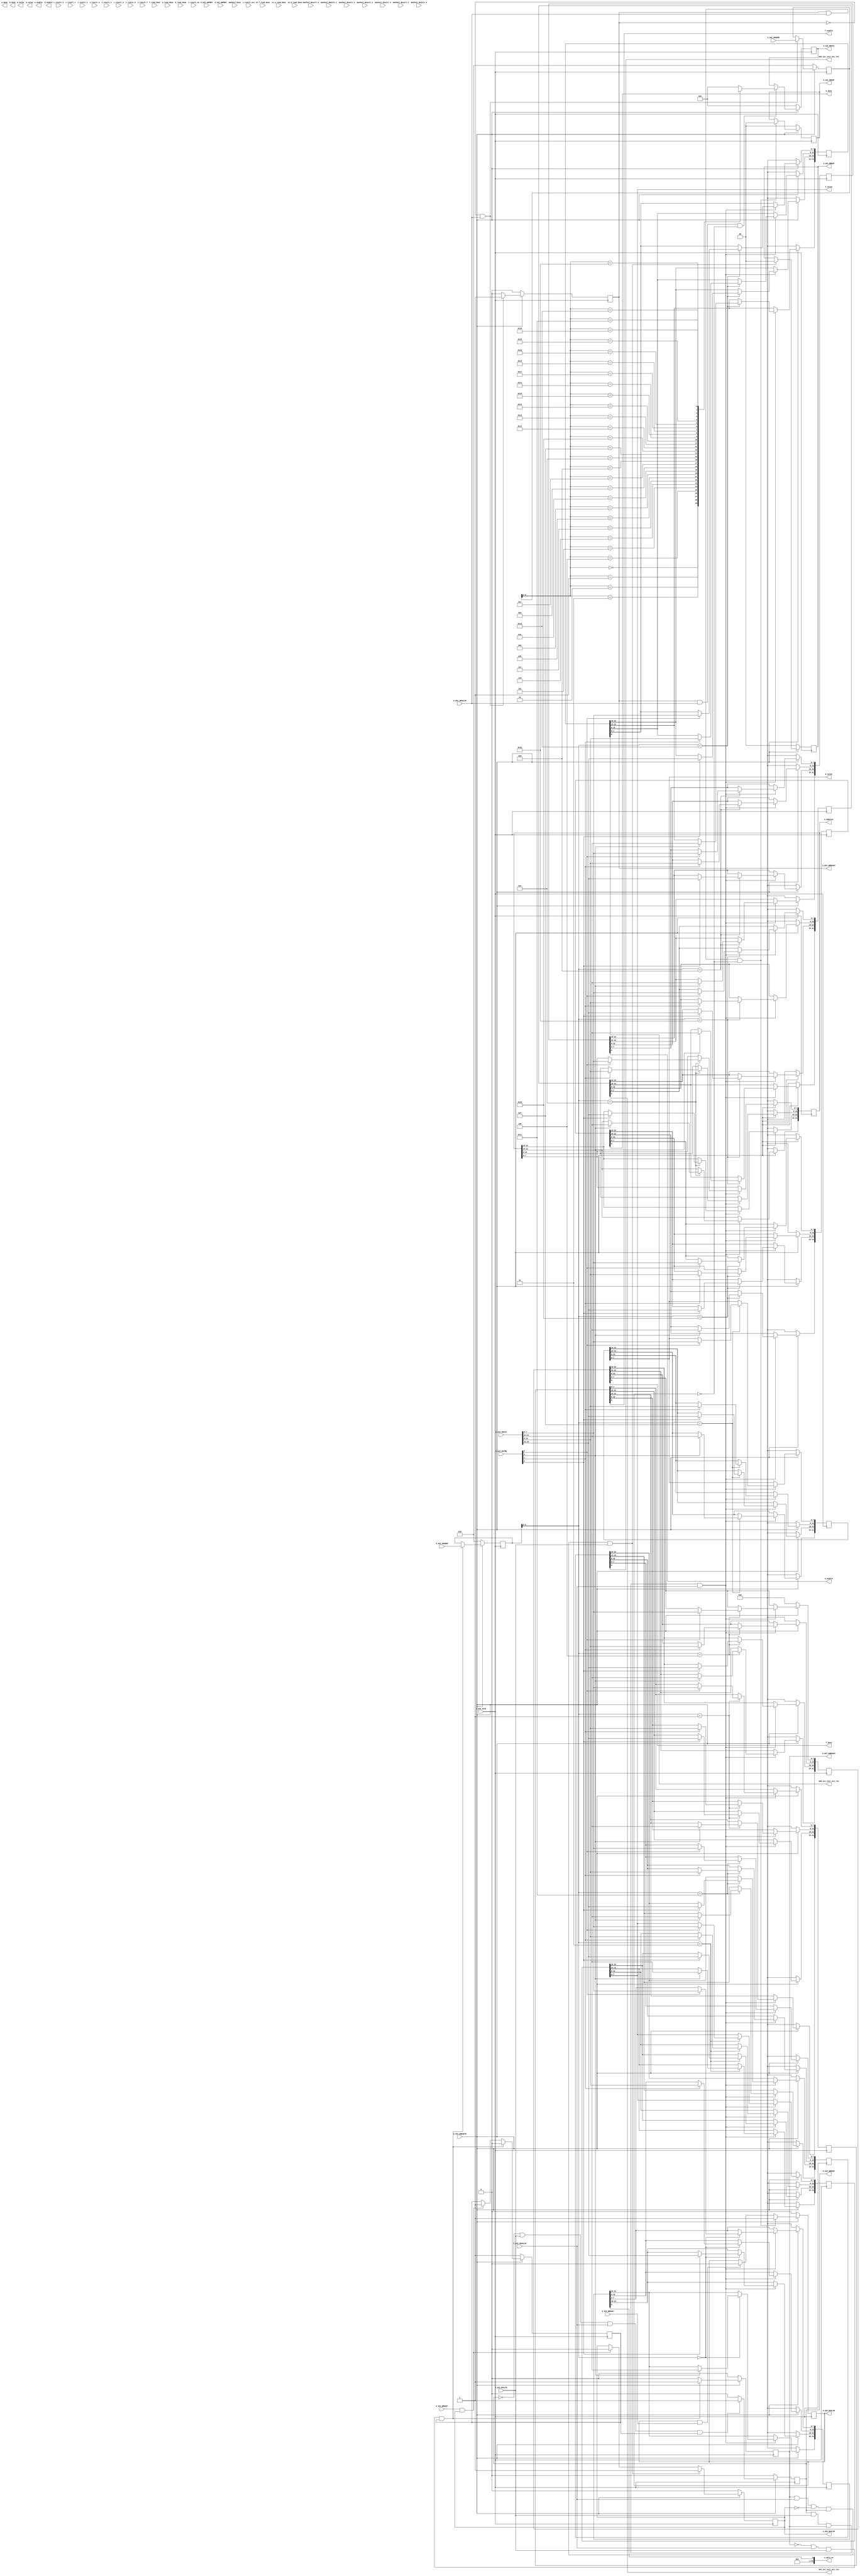

`timescale 1 ns / 1 ps

	module axi4_lite_test #
	(
		// Users to add parameters here

parameter   CNN_PIPE    = 5,
parameter   CI          = 4,
parameter   CO          = 8,
parameter   M_CI        = 4,
parameter   M_CO        = 7,

parameter	KX			= 3,
parameter	KY			= 3,

parameter   I_F_BW      = 8,
parameter   W_BW        = 8, // Weight BW
parameter   B_BW        = 8, // Bias BW
parameter   MAX_BW      = 8,

parameter   M_BW        = 20, //8*9 17b
parameter   AK_BW       = 24, // M_BW + log(KY*KX) accum kernel +4 = 21b
parameter   ACI_BW		= 24,//22; // AK_BW + log (CI) ,23b
parameter   AB_BW       = 24,
parameter   O_F_BW      = 24,// No Activation, So O_F_BW == AB_BW

parameter   O_F_ACC_BW  = 27, // for demo
		// User parameters ends
		// Do not modify the parameters beyond this line

		// Width of S_AXI data bus
		parameter integer C_S_AXI_DATA_WIDTH	= 32,
		// Width of S_AXI address bus
		parameter integer C_S_AXI_ADDR_WIDTH	= 7
	)
	(
		// Users to add ports here

		// User ports ends
		// Do not modify the ports beyond this line

		// Global Clock Signal
		input wire  S_AXI_ACLK,
		// Global Reset Signal. This Signal is Active LOW
		input wire  S_AXI_ARESETN,
		// Write address (issued by master, acceped by Slave)
		input wire [C_S_AXI_ADDR_WIDTH-1 : 0] S_AXI_AWADDR,
		// Write channel Protection type. This signal indicates the
    		// privilege and security level of the transaction, and whether
    		// the transaction is a data access or an instruction access.
		input wire [2 : 0] S_AXI_AWPROT,
		// Write address valid. This signal indicates that the master signaling
    		// valid write address and control information.
		input wire  S_AXI_AWVALID,
		// Write address ready. This signal indicates that the slave is ready
    		// to accept an address and associated control signals.
		output wire  S_AXI_AWREADY,
		// Write data (issued by master, acceped by Slave) 
		input wire [C_S_AXI_DATA_WIDTH-1 : 0] S_AXI_WDATA,
		// Write strobes. This signal indicates which byte lanes hold
    		// valid data. There is one write strobe bit for each eight
    		// bits of the write data bus.    
		input wire [(C_S_AXI_DATA_WIDTH/8)-1 : 0] S_AXI_WSTRB,
		// Write valid. This signal indicates that valid write
    		// data and strobes are available.
		input wire  S_AXI_WVALID,
		// Write ready. This signal indicates that the slave
    		// can accept the write data.
		output wire  S_AXI_WREADY,
		// Write response. This signal indicates the status
    		// of the write transaction.
		output wire [1 : 0] S_AXI_BRESP,
		// Write response valid. This signal indicates that the channel
    		// is signaling a valid write response.
		output wire  S_AXI_BVALID,
		// Response ready. This signal indicates that the master
    		// can accept a write response.
		input wire  S_AXI_BREADY,
		// Read address (issued by master, acceped by Slave)
		input wire [C_S_AXI_ADDR_WIDTH-1 : 0] S_AXI_ARADDR,
		// Protection type. This signal indicates the privilege
    		// and security level of the transaction, and whether the
    		// transaction is a data access or an instruction access.
		input wire [2 : 0] S_AXI_ARPROT,
		// Read address valid. This signal indicates that the channel
    		// is signaling valid read address and control information.
		input wire  S_AXI_ARVALID,
		// Read address ready. This signal indicates that the slave is
    		// ready to accept an address and associated control signals.
		output wire  S_AXI_ARREADY,
		// Read data (issued by slave)
		output wire [C_S_AXI_DATA_WIDTH-1 : 0] S_AXI_RDATA,
		// Read response. This signal indicates the status of the
    		// read transfer.
		output wire [1 : 0] S_AXI_RRESP,
		// Read valid. This signal indicates that the channel is
    		// signaling the required read data.
		output wire  S_AXI_RVALID,
		// Read ready. This signal indicates that the master can
    		// accept the read data and response information.
		input wire  S_AXI_RREADY,
		
		// User ports
	output 	[31:0]					o_data_en,
	
	output 							f_enable,
	input							f_read_done,
	output [I_F_BW-1 :0]			f_value,
	output 							f_done,
	
	output 							w_enable,
	input							w_read_done,
	output signed [W_BW-1 :0]		w_value,
	output 							w_done,

	output 							b_enable,
	input							b_read_done,
	output signed [B_BW-1 :0]		b_value,
	output 							b_done,

	output 							m_enable,
	output	[31:0]					m_address,
	output  [MAX_BW-1 :0]			m_value,
	output 							m_done,

	input  						i_result_en,
    input  [32-1:0] 		i_result_0,
	input  [32-1:0] 		i_result_1,
	input  [32-1:0] 		i_result_2,
	input  [32-1:0] 		i_result_3,
	input  [32-1:0] 		i_result_4,
	input  [32-1:0] 		i_result_5,
	input  [32-1:0] 		i_result_6,
	input  [32-1:0] 		i_result_7,

    input  [32-1:0]         maxPool_Result_0,
    input  [32-1:0]         maxPool_Result_1,
    input  [32-1:0]         maxPool_Result_2,
    input  [32-1:0]         maxPool_Result_3,
    input  [32-1:0]         maxPool_Result_4,
    input  [32-1:0]         maxPool_Result_5,
    input  [32-1:0]         maxPool_Result_6,
    
    input maxPool_Done,

    input  [O_F_ACC_BW-1:0] 	i_result_acc,

	input in_f_read_done,
	input in_w_read_done,
	input in_b_read_done,

	output wire m00_axi_init_axi_txn,
	output wire m01_axi_init_axi_txn,
	output wire m02_axi_init_axi_txn
 
 
	);

	// AXI4LITE signals
	reg [C_S_AXI_ADDR_WIDTH-1 : 0] 	axi_awaddr;
	reg  	axi_awready;
	reg  	axi_wready;
	reg [1 : 0] 	axi_bresp;
	reg  	axi_bvalid;
	reg [C_S_AXI_ADDR_WIDTH-1 : 0] 	axi_araddr;
	reg  	axi_arready;
	reg [C_S_AXI_DATA_WIDTH-1 : 0] 	axi_rdata;
	reg [1 : 0] 	axi_rresp;
	reg  	axi_rvalid;

	// Example-specific design signals
	// local parameter for addressing 32 bit / 64 bit C_S_AXI_DATA_WIDTH
	// ADDR_LSB is used for addressing 32/64 bit registers/memories
	// ADDR_LSB = 2 for 32 bits (n downto 2)
	// ADDR_LSB = 3 for 64 bits (n downto 3)
	localparam integer ADDR_LSB = (C_S_AXI_DATA_WIDTH/32) + 1;
	localparam integer OPT_MEM_ADDR_BITS = 4;
	//----------------------------------------------
	//-- Signals for user logic register space example
	//------------------------------------------------
	//-- Number of Slave Registers 30
	reg [C_S_AXI_DATA_WIDTH-1:0]	slv_reg0; // RW : [0]    data_en

	reg [C_S_AXI_DATA_WIDTH-1:0]	slv_reg1; // RW : [0] 	 f_enable
	reg [C_S_AXI_DATA_WIDTH-1:0]	slv_reg2; // RO : [0] f_read_done 
	reg [C_S_AXI_DATA_WIDTH-1:0]	slv_reg3; // RW : [31:0] f_value
	reg [C_S_AXI_DATA_WIDTH-1:0]	slv_reg4; // RW : [0] 	 f_done
	
	reg [C_S_AXI_DATA_WIDTH-1:0]	slv_reg5; // RO : [31:0] maxPool_result_0
	reg [C_S_AXI_DATA_WIDTH-1:0]	slv_reg6; // RO : [31:0] maxPool_result_1
	reg [C_S_AXI_DATA_WIDTH-1:0]	slv_reg7; // RO : [31:0] maxPool_result_2
	reg [C_S_AXI_DATA_WIDTH-1:0]	slv_reg8; // RO : [31:0] maxPool_result_3
	reg [C_S_AXI_DATA_WIDTH-1:0]	slv_reg9; // RO : [31:0] maxPool_result_4
	reg [C_S_AXI_DATA_WIDTH-1:0]	slv_reg10;// RO : [31:0] maxPool_result_5
	reg [C_S_AXI_DATA_WIDTH-1:0]	slv_reg11; // RO : [31:0] maxPool_result_6
	reg [C_S_AXI_DATA_WIDTH-1:0]	slv_reg12; // RO : [0] 	  maxPool_done
	
	reg [C_S_AXI_DATA_WIDTH-1:0]	slv_reg13; // RW : [0]	  m_enable
	reg [C_S_AXI_DATA_WIDTH-1:0]	slv_reg14; // RW : [31:0] m_address 
	reg [C_S_AXI_DATA_WIDTH-1:0]	slv_reg15; // RW : [31:0] m_value
	reg [C_S_AXI_DATA_WIDTH-1:0]	slv_reg16; // RW : [0]	  m_done
	reg [C_S_AXI_DATA_WIDTH-1:0]	slv_reg17; // RO : [31:0] cnn_result_0
	reg [C_S_AXI_DATA_WIDTH-1:0]	slv_reg18; // RO : [31:0] cnn_result_1
	reg [C_S_AXI_DATA_WIDTH-1:0]	slv_reg19; // RO : [0]    cnn_done
	reg [C_S_AXI_DATA_WIDTH-1:0]	slv_reg20; // RO : [31:0] cnn_result_2
	reg [C_S_AXI_DATA_WIDTH-1:0]	slv_reg21; // RO : [31:0] cnn_result_3
	reg [C_S_AXI_DATA_WIDTH-1:0]	slv_reg22; // RO : [31:0] cnn_result_4
	reg [C_S_AXI_DATA_WIDTH-1:0]	slv_reg23; // RO : [31:0] cnn_result_5
	reg [C_S_AXI_DATA_WIDTH-1:0]	slv_reg24; // RO : [31:0] cnn_result_6
	reg [C_S_AXI_DATA_WIDTH-1:0]	slv_reg25; // RO : [31:0] cnn_result_7
	reg [C_S_AXI_DATA_WIDTH-1:0]	slv_reg26; // RW : [0] M0_INIT
	reg [C_S_AXI_DATA_WIDTH-1:0]	slv_reg27; // RW : [0] M1_INIT
	reg [C_S_AXI_DATA_WIDTH-1:0]	slv_reg28; 
	reg [C_S_AXI_DATA_WIDTH-1:0]	slv_reg29; 
	wire	 slv_reg_rden;
	wire	 slv_reg_wren;
	reg [C_S_AXI_DATA_WIDTH-1:0]	 reg_data_out;
	integer	 byte_index;
	reg	 aw_en;

	// I/O Connections assignments

	assign S_AXI_AWREADY	= axi_awready;
	assign S_AXI_WREADY	= axi_wready;
	assign S_AXI_BRESP	= axi_bresp;
	assign S_AXI_BVALID	= axi_bvalid;
	assign S_AXI_ARREADY	= axi_arready;
	assign S_AXI_RDATA	= axi_rdata;
	assign S_AXI_RRESP	= axi_rresp;
	assign S_AXI_RVALID	= axi_rvalid;
	// Implement axi_awready generation
	// axi_awready is asserted for one S_AXI_ACLK clock cycle when both
	// S_AXI_AWVALID and S_AXI_WVALID are asserted. axi_awready is
	// de-asserted when reset is low.

	always @( posedge S_AXI_ACLK )
	begin
	  if ( S_AXI_ARESETN == 1'b0 )
	    begin
	      axi_awready <= 1'b0;
	      aw_en <= 1'b1;
	    end 
	  else
	    begin    
	      if (~axi_awready && S_AXI_AWVALID && S_AXI_WVALID && aw_en)
	        begin
	          // slave is ready to accept write address when 
	          // there is a valid write address and write data
	          // on the write address and data bus. This design 
	          // expects no outstanding transactions. 
	          axi_awready <= 1'b1;
	          aw_en <= 1'b0;
	        end
	        else if (S_AXI_BREADY && axi_bvalid)
	            begin
	              aw_en <= 1'b1;
	              axi_awready <= 1'b0;
	            end
	      else           
	        begin
	          axi_awready <= 1'b0;
	        end
	    end 
	end       

	// Implement axi_awaddr latching
	// This process is used to latch the address when both 
	// S_AXI_AWVALID and S_AXI_WVALID are valid. 

	always @( posedge S_AXI_ACLK )
	begin
	  if ( S_AXI_ARESETN == 1'b0 )
	    begin
	      axi_awaddr <= 0;
	    end 
	  else
	    begin    
	      if (~axi_awready && S_AXI_AWVALID && S_AXI_WVALID && aw_en)
	        begin
	          // Write Address latching 
	          axi_awaddr <= S_AXI_AWADDR;
	        end
	    end 
	end       

	// Implement axi_wready generation
	// axi_wready is asserted for one S_AXI_ACLK clock cycle when both
	// S_AXI_AWVALID and S_AXI_WVALID are asserted. axi_wready is 
	// de-asserted when reset is low. 

	always @( posedge S_AXI_ACLK )
	begin
	  if ( S_AXI_ARESETN == 1'b0 )
	    begin
	      axi_wready <= 1'b0;
	    end 
	  else
	    begin    
	      if (~axi_wready && S_AXI_WVALID && S_AXI_AWVALID && aw_en )
	        begin
	          // slave is ready to accept write data when 
	          // there is a valid write address and write data
	          // on the write address and data bus. This design 
	          // expects no outstanding transactions. 
	          axi_wready <= 1'b1;
	        end
	      else
	        begin
	          axi_wready <= 1'b0;
	        end
	    end 
	end       

	// Implement memory mapped register select and write logic generation
	// The write data is accepted and written to memory mapped registers when
	// axi_awready, S_AXI_WVALID, axi_wready and S_AXI_WVALID are asserted. Write strobes are used to
	// select byte enables of slave registers while writing.
	// These registers are cleared when reset (active low) is applied.
	// Slave register write enable is asserted when valid address and data are available
	// and the slave is ready to accept the write address and write data.
	assign slv_reg_wren = axi_wready && S_AXI_WVALID && axi_awready && S_AXI_AWVALID;

	always @( posedge S_AXI_ACLK )
	begin
	  if ( S_AXI_ARESETN == 1'b0 )
	    begin
	      slv_reg0 <= 0;
	      slv_reg1 <= 0;
	      //slv_reg2 <= 0;
	      slv_reg3 <= 0;
	      slv_reg4 <= 0;
		  //slv_reg5 <= 0;
	      //slv_reg6 <= 0;
	      //slv_reg7 <= 0;
	      //slv_reg8 <= 0;
	      //slv_reg9 <= 0;
	      //slv_reg10 <= 0;
	      //slv_reg11 <= 0;
	      //slv_reg12 <= 0;
	      slv_reg13 <= 0;
	      slv_reg14 <= 0;
	      slv_reg15 <= 0;
	      slv_reg16 <= 0;
	     // slv_reg17 <= 0;
	     // slv_reg18 <= 0;
	     // slv_reg19 <= 0;
	     // slv_reg20 <= 0;
	     // slv_reg21 <= 0;
	     // slv_reg22 <= 0;
	     // slv_reg23 <= 0;
	     // slv_reg24 <= 0;
	     // slv_reg25 <= 0;
	      slv_reg26 <= 0;
	      slv_reg27 <= 0;
	      slv_reg28 <= 0;
	      //slv_reg29 <= 0;
	    end 
	  else begin
	    if (slv_reg_wren)
	      begin
	        case ( axi_awaddr[ADDR_LSB+OPT_MEM_ADDR_BITS:ADDR_LSB] )
	          5'h00:
	            for ( byte_index = 0; byte_index <= (C_S_AXI_DATA_WIDTH/8)-1; byte_index = byte_index+1 )
	              if ( S_AXI_WSTRB[byte_index] == 1 ) begin
	                // Respective byte enables are asserted as per write strobes 
	                // Slave register 0
	                slv_reg0[(byte_index*8) +: 8] <= S_AXI_WDATA[(byte_index*8) +: 8];
	              end  
	          5'h01:
	            for ( byte_index = 0; byte_index <= (C_S_AXI_DATA_WIDTH/8)-1; byte_index = byte_index+1 )
	              if ( S_AXI_WSTRB[byte_index] == 1 ) begin
	                // Respective byte enables are asserted as per write strobes 
	                // Slave register 1
	                slv_reg1[(byte_index*8) +: 8] <= S_AXI_WDATA[(byte_index*8) +: 8];
	              end  
	          5'h02:
	            for ( byte_index = 0; byte_index <= (C_S_AXI_DATA_WIDTH/8)-1; byte_index = byte_index+1 )
	              if ( S_AXI_WSTRB[byte_index] == 1 ) begin
	                // Respective byte enables are asserted as per write strobes 
	                // Slave register 2
	                //slv_reg2[(byte_index*8) +: 8] <= S_AXI_WDATA[(byte_index*8) +: 8];
	              end  
	          5'h03:
	            for ( byte_index = 0; byte_index <= (C_S_AXI_DATA_WIDTH/8)-1; byte_index = byte_index+1 )
	              if ( S_AXI_WSTRB[byte_index] == 1 ) begin
	                // Respective byte enables are asserted as per write strobes 
	                // Slave register 3
	                slv_reg3[(byte_index*8) +: 8] <= S_AXI_WDATA[(byte_index*8) +: 8];
	              end  
	          5'h04:
	            for ( byte_index = 0; byte_index <= (C_S_AXI_DATA_WIDTH/8)-1; byte_index = byte_index+1 )
	              if ( S_AXI_WSTRB[byte_index] == 1 ) begin
	                // Respective byte enables are asserted as per write strobes 
	                // Slave register 4
	                slv_reg4[(byte_index*8) +: 8] <= S_AXI_WDATA[(byte_index*8) +: 8];
	              end  
	          5'h05:
	            for ( byte_index = 0; byte_index <= (C_S_AXI_DATA_WIDTH/8)-1; byte_index = byte_index+1 )
	              if ( S_AXI_WSTRB[byte_index] == 1 ) begin
	                // Respective byte enables are asserted as per write strobes 
	                // Slave register 5
	                //slv_reg5[(byte_index*8) +: 8] <= S_AXI_WDATA[(byte_index*8) +: 8];
	              end  
	          5'h06:
	            for ( byte_index = 0; byte_index <= (C_S_AXI_DATA_WIDTH/8)-1; byte_index = byte_index+1 )
	              if ( S_AXI_WSTRB[byte_index] == 1 ) begin
	                // Respective byte enables are asserted as per write strobes 
	                // Slave register 6
	                //slv_reg6[(byte_index*8) +: 8] <= S_AXI_WDATA[(byte_index*8) +: 8];
	              end  
	          5'h07:
	            for ( byte_index = 0; byte_index <= (C_S_AXI_DATA_WIDTH/8)-1; byte_index = byte_index+1 )
	              if ( S_AXI_WSTRB[byte_index] == 1 ) begin
	                // Respective byte enables are asserted as per write strobes 
	                // Slave register 7
	                //slv_reg7[(byte_index*8) +: 8] <= S_AXI_WDATA[(byte_index*8) +: 8];
	              end  
	          5'h08:
	            for ( byte_index = 0; byte_index <= (C_S_AXI_DATA_WIDTH/8)-1; byte_index = byte_index+1 )
	              if ( S_AXI_WSTRB[byte_index] == 1 ) begin
	                // Respective byte enables are asserted as per write strobes 
	                // Slave register 8
	                //slv_reg8[(byte_index*8) +: 8] <= S_AXI_WDATA[(byte_index*8) +: 8];
	              end  
	          5'h09:
	            for ( byte_index = 0; byte_index <= (C_S_AXI_DATA_WIDTH/8)-1; byte_index = byte_index+1 )
	              if ( S_AXI_WSTRB[byte_index] == 1 ) begin
	                // Respective byte enables are asserted as per write strobes 
	                // Slave register 9
	                //slv_reg9[(byte_index*8) +: 8] <= S_AXI_WDATA[(byte_index*8) +: 8];
	              end  
	          5'h0A:
	            for ( byte_index = 0; byte_index <= (C_S_AXI_DATA_WIDTH/8)-1; byte_index = byte_index+1 )
	              if ( S_AXI_WSTRB[byte_index] == 1 ) begin
	                // Respective byte enables are asserted as per write strobes 
	                // Slave register 10
	                //slv_reg10[(byte_index*8) +: 8] <= S_AXI_WDATA[(byte_index*8) +: 8];
	              end  
	          5'h0B:
	            for ( byte_index = 0; byte_index <= (C_S_AXI_DATA_WIDTH/8)-1; byte_index = byte_index+1 )
	              if ( S_AXI_WSTRB[byte_index] == 1 ) begin
	                // Respective byte enables are asserted as per write strobes 
	                // Slave register 11
	                //slv_reg11[(byte_index*8) +: 8] <= S_AXI_WDATA[(byte_index*8) +: 8];
	              end  
	          5'h0C:
	            for ( byte_index = 0; byte_index <= (C_S_AXI_DATA_WIDTH/8)-1; byte_index = byte_index+1 )
	              if ( S_AXI_WSTRB[byte_index] == 1 ) begin
	                // Respective byte enables are asserted as per write strobes 
	                // Slave register 12
	                //slv_reg12[(byte_index*8) +: 8] <= S_AXI_WDATA[(byte_index*8) +: 8];
	              end  
	          5'h0D:
	            for ( byte_index = 0; byte_index <= (C_S_AXI_DATA_WIDTH/8)-1; byte_index = byte_index+1 )
	              if ( S_AXI_WSTRB[byte_index] == 1 ) begin
	                // Respective byte enables are asserted as per write strobes 
	                // Slave register 13
	                slv_reg13[(byte_index*8) +: 8] <= S_AXI_WDATA[(byte_index*8) +: 8];
	              end  
	          5'h0E:
	            for ( byte_index = 0; byte_index <= (C_S_AXI_DATA_WIDTH/8)-1; byte_index = byte_index+1 )
	              if ( S_AXI_WSTRB[byte_index] == 1 ) begin
	                // Respective byte enables are asserted as per write strobes 
	                // Slave register 14
	                slv_reg14[(byte_index*8) +: 8] <= S_AXI_WDATA[(byte_index*8) +: 8];
	              end  
	          5'h0F:
	            for ( byte_index = 0; byte_index <= (C_S_AXI_DATA_WIDTH/8)-1; byte_index = byte_index+1 )
	              if ( S_AXI_WSTRB[byte_index] == 1 ) begin
	                // Respective byte enables are asserted as per write strobes 
	                // Slave register 15
	                slv_reg15[(byte_index*8) +: 8] <= S_AXI_WDATA[(byte_index*8) +: 8];
	              end  
	          5'h10:
	            for ( byte_index = 0; byte_index <= (C_S_AXI_DATA_WIDTH/8)-1; byte_index = byte_index+1 )
	              if ( S_AXI_WSTRB[byte_index] == 1 ) begin
	                // Respective byte enables are asserted as per write strobes 
	                // Slave register 16
	                slv_reg16[(byte_index*8) +: 8] <= S_AXI_WDATA[(byte_index*8) +: 8];
	              end  
	          5'h11:
	            for ( byte_index = 0; byte_index <= (C_S_AXI_DATA_WIDTH/8)-1; byte_index = byte_index+1 )
	              if ( S_AXI_WSTRB[byte_index] == 1 ) begin
	                // Respective byte enables are asserted as per write strobes 
	                // Slave register 17
	                //slv_reg17[(byte_index*8) +: 8] <= S_AXI_WDATA[(byte_index*8) +: 8];
	              end  
	          5'h12:
	            for ( byte_index = 0; byte_index <= (C_S_AXI_DATA_WIDTH/8)-1; byte_index = byte_index+1 )
	              if ( S_AXI_WSTRB[byte_index] == 1 ) begin
	                // Respective byte enables are asserted as per write strobes 
	                // Slave register 18
	                //slv_reg18[(byte_index*8) +: 8] <= S_AXI_WDATA[(byte_index*8) +: 8];
	              end  
	          5'h13:
	            for ( byte_index = 0; byte_index <= (C_S_AXI_DATA_WIDTH/8)-1; byte_index = byte_index+1 )
	              if ( S_AXI_WSTRB[byte_index] == 1 ) begin
	                // Respective byte enables are asserted as per write strobes 
	                // Slave register 19
	                //slv_reg19[(byte_index*8) +: 8] <= S_AXI_WDATA[(byte_index*8) +: 8];
	              end  
	          5'h14:
	            for ( byte_index = 0; byte_index <= (C_S_AXI_DATA_WIDTH/8)-1; byte_index = byte_index+1 )
	              if ( S_AXI_WSTRB[byte_index] == 1 ) begin
	                // Respective byte enables are asserted as per write strobes 
	                // Slave register 20
	                //slv_reg20[(byte_index*8) +: 8] <= S_AXI_WDATA[(byte_index*8) +: 8];
	              end  
	          5'h15:
	            for ( byte_index = 0; byte_index <= (C_S_AXI_DATA_WIDTH/8)-1; byte_index = byte_index+1 )
	              if ( S_AXI_WSTRB[byte_index] == 1 ) begin
	                // Respective byte enables are asserted as per write strobes 
	                // Slave register 21
	                //slv_reg21[(byte_index*8) +: 8] <= S_AXI_WDATA[(byte_index*8) +: 8];
	              end  
	          5'h16:
	            for ( byte_index = 0; byte_index <= (C_S_AXI_DATA_WIDTH/8)-1; byte_index = byte_index+1 )
	              if ( S_AXI_WSTRB[byte_index] == 1 ) begin
	                // Respective byte enables are asserted as per write strobes 
	                // Slave register 22
	                //slv_reg22[(byte_index*8) +: 8] <= S_AXI_WDATA[(byte_index*8) +: 8];
	              end  
	          5'h17:
	            for ( byte_index = 0; byte_index <= (C_S_AXI_DATA_WIDTH/8)-1; byte_index = byte_index+1 )
	              if ( S_AXI_WSTRB[byte_index] == 1 ) begin
	                // Respective byte enables are asserted as per write strobes 
	                // Slave register 23
	                //slv_reg23[(byte_index*8) +: 8] <= S_AXI_WDATA[(byte_index*8) +: 8];
	              end  
	          5'h18:
	            for ( byte_index = 0; byte_index <= (C_S_AXI_DATA_WIDTH/8)-1; byte_index = byte_index+1 )
	              if ( S_AXI_WSTRB[byte_index] == 1 ) begin
	                // Respective byte enables are asserted as per write strobes 
	                // Slave register 24
	                //slv_reg24[(byte_index*8) +: 8] <= S_AXI_WDATA[(byte_index*8) +: 8];
	              end  
	          5'h19:
	            for ( byte_index = 0; byte_index <= (C_S_AXI_DATA_WIDTH/8)-1; byte_index = byte_index+1 )
	              if ( S_AXI_WSTRB[byte_index] == 1 ) begin
	                // Respective byte enables are asserted as per write strobes 
	                // Slave register 25
	                //slv_reg25[(byte_index*8) +: 8] <= S_AXI_WDATA[(byte_index*8) +: 8];
	              end  
	          5'h1A:
	            for ( byte_index = 0; byte_index <= (C_S_AXI_DATA_WIDTH/8)-1; byte_index = byte_index+1 )
	              if ( S_AXI_WSTRB[byte_index] == 1 ) begin
	                // Respective byte enables are asserted as per write strobes 
	                // Slave register 26
	                slv_reg26[(byte_index*8) +: 8] <= S_AXI_WDATA[(byte_index*8) +: 8];
	              end  
	          5'h1B:
	            for ( byte_index = 0; byte_index <= (C_S_AXI_DATA_WIDTH/8)-1; byte_index = byte_index+1 )
	              if ( S_AXI_WSTRB[byte_index] == 1 ) begin
	                // Respective byte enables are asserted as per write strobes 
	                // Slave register 27
	                slv_reg27[(byte_index*8) +: 8] <= S_AXI_WDATA[(byte_index*8) +: 8];
	              end  
	          5'h1C:
	            for ( byte_index = 0; byte_index <= (C_S_AXI_DATA_WIDTH/8)-1; byte_index = byte_index+1 )
	              if ( S_AXI_WSTRB[byte_index] == 1 ) begin
	                // Respective byte enables are asserted as per write strobes 
	                // Slave register 28
	                slv_reg28[(byte_index*8) +: 8] <= S_AXI_WDATA[(byte_index*8) +: 8];
	              end  
	          5'h1D:
	            for ( byte_index = 0; byte_index <= (C_S_AXI_DATA_WIDTH/8)-1; byte_index = byte_index+1 )
	              if ( S_AXI_WSTRB[byte_index] == 1 ) begin
	                // Respective byte enables are asserted as per write strobes 
	                // Slave register 29
	                //slv_reg29[(byte_index*8) +: 8] <= S_AXI_WDATA[(byte_index*8) +: 8];
	              end  
	          default : begin
	                      slv_reg0 <= slv_reg0;
	                      slv_reg1 <= slv_reg1;
	                      //slv_reg2 <= slv_reg2;
	                      slv_reg3 <= slv_reg3;
	                      slv_reg4 <= slv_reg4;
	                     // slv_reg5 <= slv_reg5;
	                      //slv_reg6 <= slv_reg6;
	                      //slv_reg7 <= slv_reg7;
	                      //slv_reg8 <= slv_reg8;
	                      //slv_reg9 <= slv_reg9;
	                      //slv_reg10 <= slv_reg10;
	                      //slv_reg11 <= slv_reg11;
	                      //slv_reg12 <= slv_reg12;
	                      slv_reg13 <= slv_reg13;
	                      slv_reg14 <= slv_reg14;
	                      slv_reg15 <= slv_reg15;
	                      slv_reg16 <= slv_reg16;
	                      //slv_reg17 <= slv_reg17;
	                      //slv_reg18 <= slv_reg18;
	                      //slv_reg19 <= slv_reg19;
	                      //slv_reg20 <= slv_reg20;
	                      //slv_reg21 <= slv_reg21;
	                      //slv_reg22 <= slv_reg22;
	                      //slv_reg23 <= slv_reg23;
	                      //slv_reg24 <= slv_reg24;
	                      //slv_reg25 <= slv_reg25;
	                      slv_reg26 <= slv_reg26;
	                      slv_reg27 <= slv_reg27;
	                      slv_reg28 <= slv_reg28;
	                      //slv_reg29 <= slv_reg29;
	                    end
	        endcase
	      end
	  end
	end    

	// Implement write response logic generation
	// The write response and response valid signals are asserted by the slave 
	// when axi_wready, S_AXI_WVALID, axi_wready and S_AXI_WVALID are asserted.  
	// This marks the acceptance of address and indicates the status of 
	// write transaction.

	always @( posedge S_AXI_ACLK )
	begin
	  if ( S_AXI_ARESETN == 1'b0 )
	    begin
	      axi_bvalid  <= 0;
	      axi_bresp   <= 2'b0;
	    end 
	  else
	    begin    
	      if (axi_awready && S_AXI_AWVALID && ~axi_bvalid && axi_wready && S_AXI_WVALID)
	        begin
	          // indicates a valid write response is available
	          axi_bvalid <= 1'b1;
	          axi_bresp  <= 2'b0; // 'OKAY' response 
	        end                   // work error responses in future
	      else
	        begin
	          if (S_AXI_BREADY && axi_bvalid) 
	            //check if bready is asserted while bvalid is high) 
	            //(there is a possibility that bready is always asserted high)   
	            begin
	              axi_bvalid <= 1'b0; 
	            end  
	        end
	    end
	end   

	// Implement axi_arready generation
	// axi_arready is asserted for one S_AXI_ACLK clock cycle when
	// S_AXI_ARVALID is asserted. axi_awready is 
	// de-asserted when reset (active low) is asserted. 
	// The read address is also latched when S_AXI_ARVALID is 
	// asserted. axi_araddr is reset to zero on reset assertion.

	always @( posedge S_AXI_ACLK )
	begin
	  if ( S_AXI_ARESETN == 1'b0 )
	    begin
	      axi_arready <= 1'b0;
	      axi_araddr  <= 32'b0;
	    end 
	  else
	    begin    
	      if (~axi_arready && S_AXI_ARVALID)
	        begin
	          // indicates that the slave has acceped the valid read address
	          axi_arready <= 1'b1;
	          // Read address latching
	          axi_araddr  <= S_AXI_ARADDR;
	        end
	      else
	        begin
	          axi_arready <= 1'b0;
	        end
	    end 
	end       

	// Implement axi_arvalid generation
	// axi_rvalid is asserted for one S_AXI_ACLK clock cycle when both 
	// S_AXI_ARVALID and axi_arready are asserted. The slave registers 
	// data are available on the axi_rdata bus at this instance. The 
	// assertion of axi_rvalid marks the validity of read data on the 
	// bus and axi_rresp indicates the status of read transaction.axi_rvalid 
	// is deasserted on reset (active low). axi_rresp and axi_rdata are 
	// cleared to zero on reset (active low).  
	always @( posedge S_AXI_ACLK )
	begin
	  if ( S_AXI_ARESETN == 1'b0 )
	    begin
	      axi_rvalid <= 0;
	      axi_rresp  <= 0;
	    end 
	  else
	    begin    
	      if (axi_arready && S_AXI_ARVALID && ~axi_rvalid)
	        begin
	          // Valid read data is available at the read data bus
	          axi_rvalid <= 1'b1;
	          axi_rresp  <= 2'b0; // 'OKAY' response
	        end   
	      else if (axi_rvalid && S_AXI_RREADY)
	        begin
	          // Read data is accepted by the master
	          axi_rvalid <= 1'b0;
	        end                
	    end
	end    

	// Implement memory mapped register select and read logic generation
	// Slave register read enable is asserted when valid address is available
	// and the slave is ready to accept the read address.
	assign slv_reg_rden = axi_arready & S_AXI_ARVALID & ~axi_rvalid;
	always @(*)
	begin
	      // Address decoding for reading registers
	      case ( axi_araddr[ADDR_LSB+OPT_MEM_ADDR_BITS:ADDR_LSB] )
	        5'h00   : reg_data_out <= slv_reg0;
	        5'h01   : reg_data_out <= slv_reg1;
	        5'h02   : reg_data_out <= slv_reg2;
	        5'h03   : reg_data_out <= slv_reg3;
	        5'h04   : reg_data_out <= slv_reg4;
	        5'h05   : reg_data_out <= slv_reg5;
	        5'h06   : reg_data_out <= slv_reg6;
	        5'h07   : reg_data_out <= slv_reg7;
	        5'h08   : reg_data_out <= slv_reg8;
	        5'h09   : reg_data_out <= slv_reg9;
	        5'h0A   : reg_data_out <= slv_reg10;
	        5'h0B   : reg_data_out <= slv_reg11;
	        5'h0C   : reg_data_out <= slv_reg12;
	        5'h0D   : reg_data_out <= slv_reg13;
	        5'h0E   : reg_data_out <= slv_reg14;
	        5'h0F   : reg_data_out <= slv_reg15;
	        5'h10   : reg_data_out <= slv_reg16;
	        5'h11   : reg_data_out <= slv_reg17;
	        5'h12   : reg_data_out <= slv_reg18;
	        5'h13   : reg_data_out <= slv_reg19;
	        5'h14   : reg_data_out <= slv_reg20;
	        5'h15   : reg_data_out <= slv_reg21;
	        5'h16   : reg_data_out <= slv_reg22;
	        5'h17   : reg_data_out <= slv_reg23;
	        5'h18   : reg_data_out <= slv_reg24;
	        5'h19   : reg_data_out <= slv_reg25;
	        5'h1A   : reg_data_out <= slv_reg26;
	        5'h1B   : reg_data_out <= slv_reg27;
	        5'h1C   : reg_data_out <= slv_reg28;
	        5'h1D   : reg_data_out <= slv_reg29;
	        default : reg_data_out <= 0;
	      endcase
	end

	// Output register or memory read data
	always @( posedge S_AXI_ACLK )
	begin
	  if ( S_AXI_ARESETN == 1'b0 )
	    begin
	      axi_rdata  <= 0;
	    end 
	  else
	    begin    
	      // When there is a valid read address (S_AXI_ARVALID) with 
	      // acceptance of read address by the slave (axi_arready), 
	      // output the read dada 
	      if (slv_reg_rden)
	        begin
	          axi_rdata <= reg_data_out;     // register read data
	        end   
	    end
	end    

	// Add user logic here
	assign o_data_en = slv_reg0[0]; 

	assign f_enable  = slv_reg1[0];
	
	assign f_value   = slv_reg3[0 +: I_F_BW]; 
	assign f_done    = slv_reg4[0];

	assign m_enable  = slv_reg13[0];
	assign m_address = slv_reg14;
	assign m_value   = slv_reg15[0 +: M_BW]; 
	assign m_done    = slv_reg16[0];
	
	assign m00_axi_init_axi_txn = slv_reg26[0];
	assign m01_axi_init_axi_txn = slv_reg27[0];
	assign m02_axi_init_axi_txn = slv_reg28[0];

	assign result_32b = {31'b0, i_result_en};

	always @(*) begin

		slv_reg2 = in_f_read_done;

        slv_reg5 = maxPool_Result_0;
        slv_reg6 = maxPool_Result_1;
        slv_reg7 = maxPool_Result_2;
        slv_reg8 = maxPool_Result_3;
        slv_reg9 = maxPool_Result_4;
        slv_reg10 = maxPool_Result_5;
        slv_reg11 = maxPool_Result_6;
        slv_reg12 = maxPool_Done;

		slv_reg17 = i_result_0;
		slv_reg18 = i_result_1;
		slv_reg19 = result_32b; 
		slv_reg20 = i_result_2;
		slv_reg21 = i_result_3;
		slv_reg22 = i_result_4;
		slv_reg23 = i_result_5;
		slv_reg24 = i_result_6;
		slv_reg25 = i_result_7;
		
	end
	// User logic ends

	endmodule